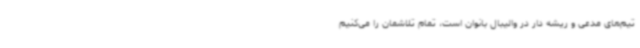
تیم‌های مدعی و ریشه دار در والیبال بانوان است، تمام تلاشمان را می‌کنیم